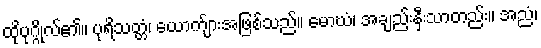
ထိုပုဂ္ဂိုလ်၏။ ပုရိသတ္တံ၊ ယောက်ျားအဖြစ်သည်။ မောဃံ၊ အချည်းနှီးသာတည်း။ အညံ၊